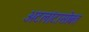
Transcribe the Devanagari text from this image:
अटलांटासोबत